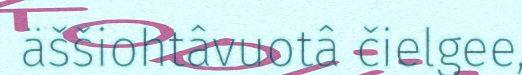
äššiohtâvuotâ čielgee,